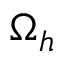
\Omega _ { h }